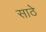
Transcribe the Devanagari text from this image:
साठेे